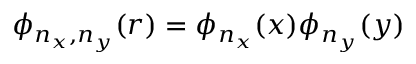
\phi _ { n _ { x } , n _ { y } } ( r ) = \phi _ { n _ { x } } ( x ) \phi _ { n _ { y } } ( y )